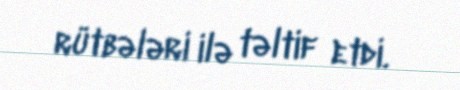
rütbələri ilə təltif etdi.